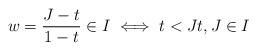
LaTeX: \begin{align*}w=\dfrac{J-t}{1-t}\in I\iff t<Jt,J\in I \end{align*}